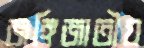
জঙ্গিজাতীয়